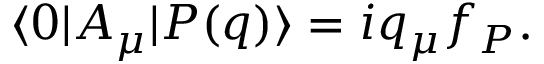
\langle 0 | A _ { \mu } | P ( q ) \rangle = i q _ { \mu } f _ { P } .